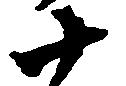
十